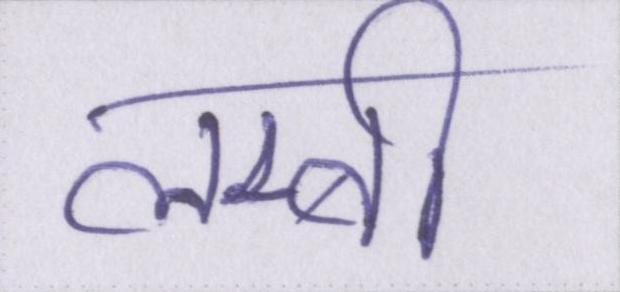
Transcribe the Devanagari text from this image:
लम्बी